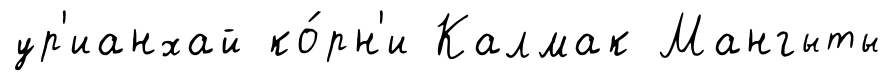
ур'ианхай ко́рн'и Калмак Мангыты